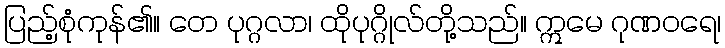
ပြည့်စုံကုန်၏။ တေ ပုဂ္ဂလာ၊ ထိုပုဂ္ဂိုလ်တို့သည်။ ဣမေ ဂုဏဝရေ၊